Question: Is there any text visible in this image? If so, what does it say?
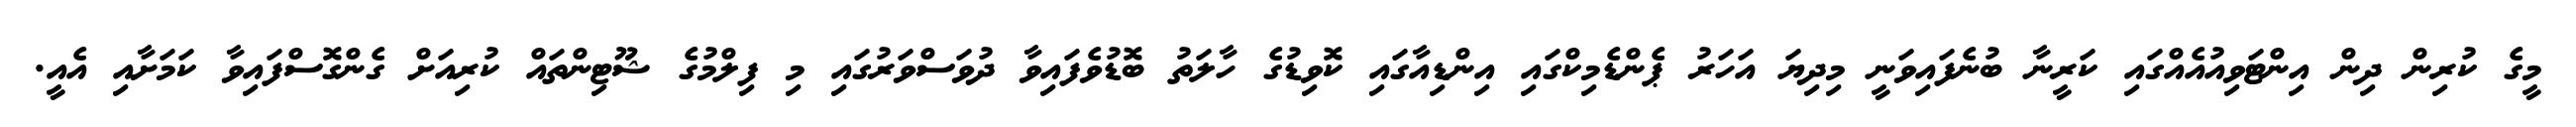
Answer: މީގެ ކުރިން ދިން އިންޓަވިއުއެއްގައި ކަރީނާ ބުނެފައިވަނީ މިދިޔަ އަހަރު ޕެންޑެމިކްގައި އިންޑިއާގައި ކޮވިޑުގެ ހާލަތު ބޮޑުވެފައިވާ ދުވަސްވަރުގައި މި ފިލްމުގެ ޝޫޓިންތައް ކުރިއަށް ގެންގޮސްފައިވާ ކަމަށާއި އެއީ.